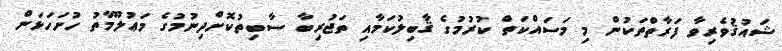
ޝައުޤުވެރިވާ ފަރާތްތަކުން މި މަސައްކަތް ކުރުމުގެ ޤާބިލުކަމާއި ތަޖުރިބާ ސާބިތުކޮށްދިނުމުގެ މަޢުލޫމާތު ހުށަހަޅަން